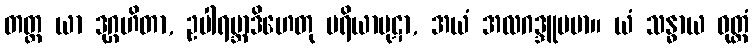
တတ္ထ ယာ ဒုဂ္ဂဟိတာ, ဥပါရမ္ဘာဒိဟေတု ပရိယာပုဋာ, အယံ အလဂဒ္ဒူပမာ။ ယံ သန္ဓာယ ဝုတ္တံ